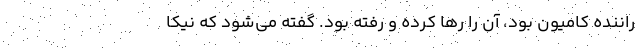
راننده کامیون بود، آن را رها کرده و رفته بود. گفته می‌شود که نیکا